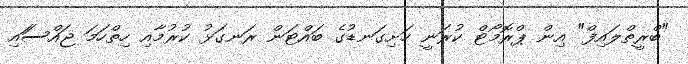
"ބްރީތްލައިފް" އިން ޕްރޮމޯޓް ކުރަނީ ހަށިގަނޑުގެ ބައްޓަން ރަނގަޅު ކުރުމާއި ހިތްހަމަ ޖައްސަައި